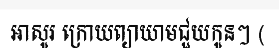
អាសូរ ក្រោយព្យាយាមជួយកូនៗ (